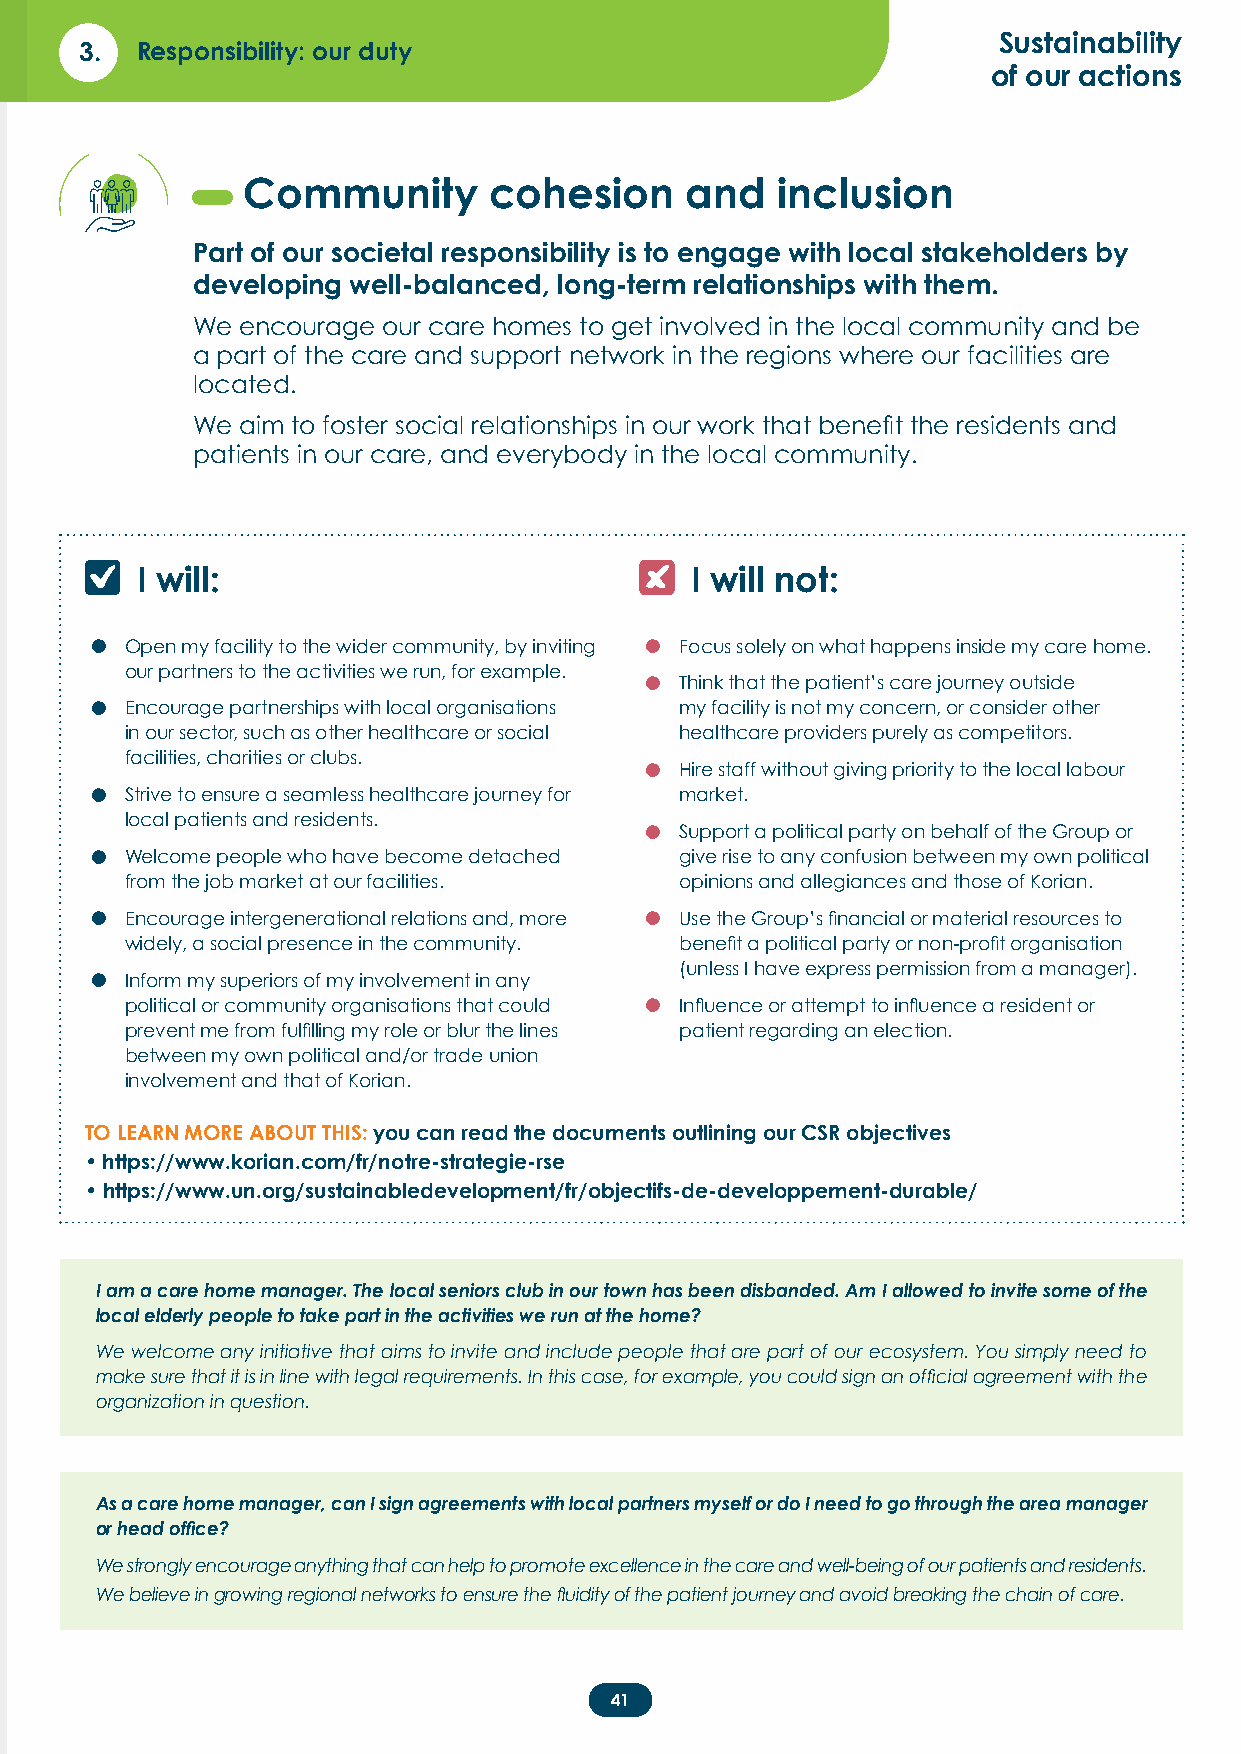
Sustainability
 3.  Responsibility: our duty
 of our actions
 Community       cohesion     and   inclusion
 Part of our societal responsibility is to engage with local stakeholders by
 developing well-balanced, long-term relationships with them.
 We encourage our care homes to get involved in the local community and be
 a part of the care and support network in the regions where our facilities are
 located.
 We aim to foster social relationships in our work that benefit the residents and
 patients in our care, and everybody in the local community.
 I will:                              I will not:
 •                                   •
 Open my facility to the wider community, by inviting Focus solely on what happens inside my care home.
 our partners to the activities we run, for example. •
 Think that the patient’s care journey outside
 •
 Encourage partnerships with local organisations my facility is not my concern, or consider other
 in our sector, such as other healthcare or social healthcare providers purely as competitors.
 facilities, charities or clubs.   •
 Hire staff without giving priority to the local labour
 •
 Strive to ensure a seamless healthcare journey for market.
 local patients and residents.     •
 Support a political party on behalf of the Group or
 •
 Welcome people who have become detached give rise to any confusion between my own political
 from the job market at our facilities. opinions and allegiances and those of Korian.
 •                                   •
 Encourage intergenerational relations and, more Use the Group’s financial or material resources to
 widely, a social presence in the community. benefit a political party or non-profit organisation
 •                                      (unless I have express permission from a manager).
 Inform my superiors of my involvement in any
 •
 political or community organisations that could Influence or attempt to influence a resident or
 prevent me from fulfilling my role or blur the lines patient regarding an election.
 between my own political and/or trade union
 involvement and that of Korian.
 TO LEARN MORE ABOUT THIS: you can read the documents outlining our CSR objectives
 • https://www.korian.com/fr/notre-strategie-rse
 • https://www.un.org/sustainabledevelopment/fr/objectifs-de-developpement-durable/
 I am a care home manager. The local seniors club in our town has been disbanded. Am I allowed to invite some of the
 local elderly people to take part in the activities we run at the home?
 We welcome any initiative that aims to invite and include people that are part of our ecosystem. You simply need to
 make sure that it is in line with legal requirements. In this case, for example, you could sign an official agreement with the
 organization in question.
 As a care home manager, can I sign agreements with local partners myself or do I need to go through the area manager
 or head office?
 We strongly encourage anything that can help to promote excellence in the care and well-being of our patients and residents.
 We believe in growing regional networks to ensure the fluidity of the patient journey and avoid breaking the chain of care.
 41